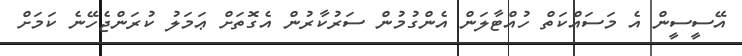
އޭސީސީން އެ މަސައްކަތް ހުއްޓާލަން އެންގުމުން ސަރުކާރުން އެގޮތަށް ޢަމަލު ކުރަންޖެހޭނެ ކަމަށް